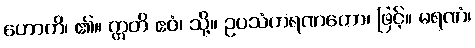
ဟောတိ၊ ၏။ ဣတိ ဧဝံ၊ သို့။ ဥပသံဟရဏတော၊ ဖြင့်။ မရဏံ၊